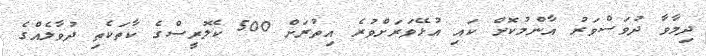
ދިމާވާ ދުވަސްވަރު އާންމުކޮށް ކައި އުޅޭވަރަށްވުރެ އިތުރަށް 500 ކެލޮރީސްގެ ކާތަކެތި ދުވާލެއްގެ